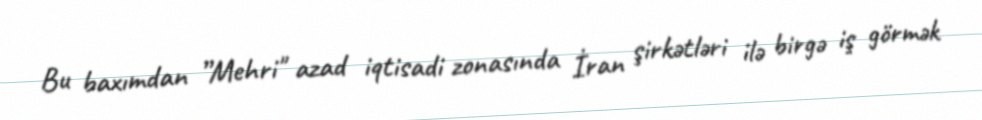
Bu baxımdan ”Mehri" azad iqtisadi zonasında İran şirkətləri ilə birgə iş görmək